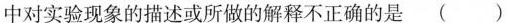
中对实验现象的描述或所做的解释不正确的是( )